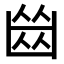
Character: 𠚕